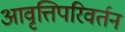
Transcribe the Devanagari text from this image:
आवृत्तिपरिवर्तन